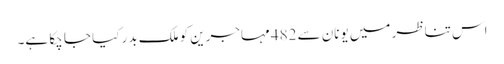
اس تناظر میں یونان سے 482 مہاجرین کو ملک بدر کیا جا چکا ہے۔